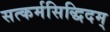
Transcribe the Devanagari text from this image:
सत्कर्मसिद्धिदम्